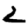
Digit: 2